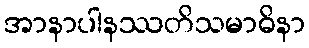
အာနာပါနဿတိသမာဓိနာ